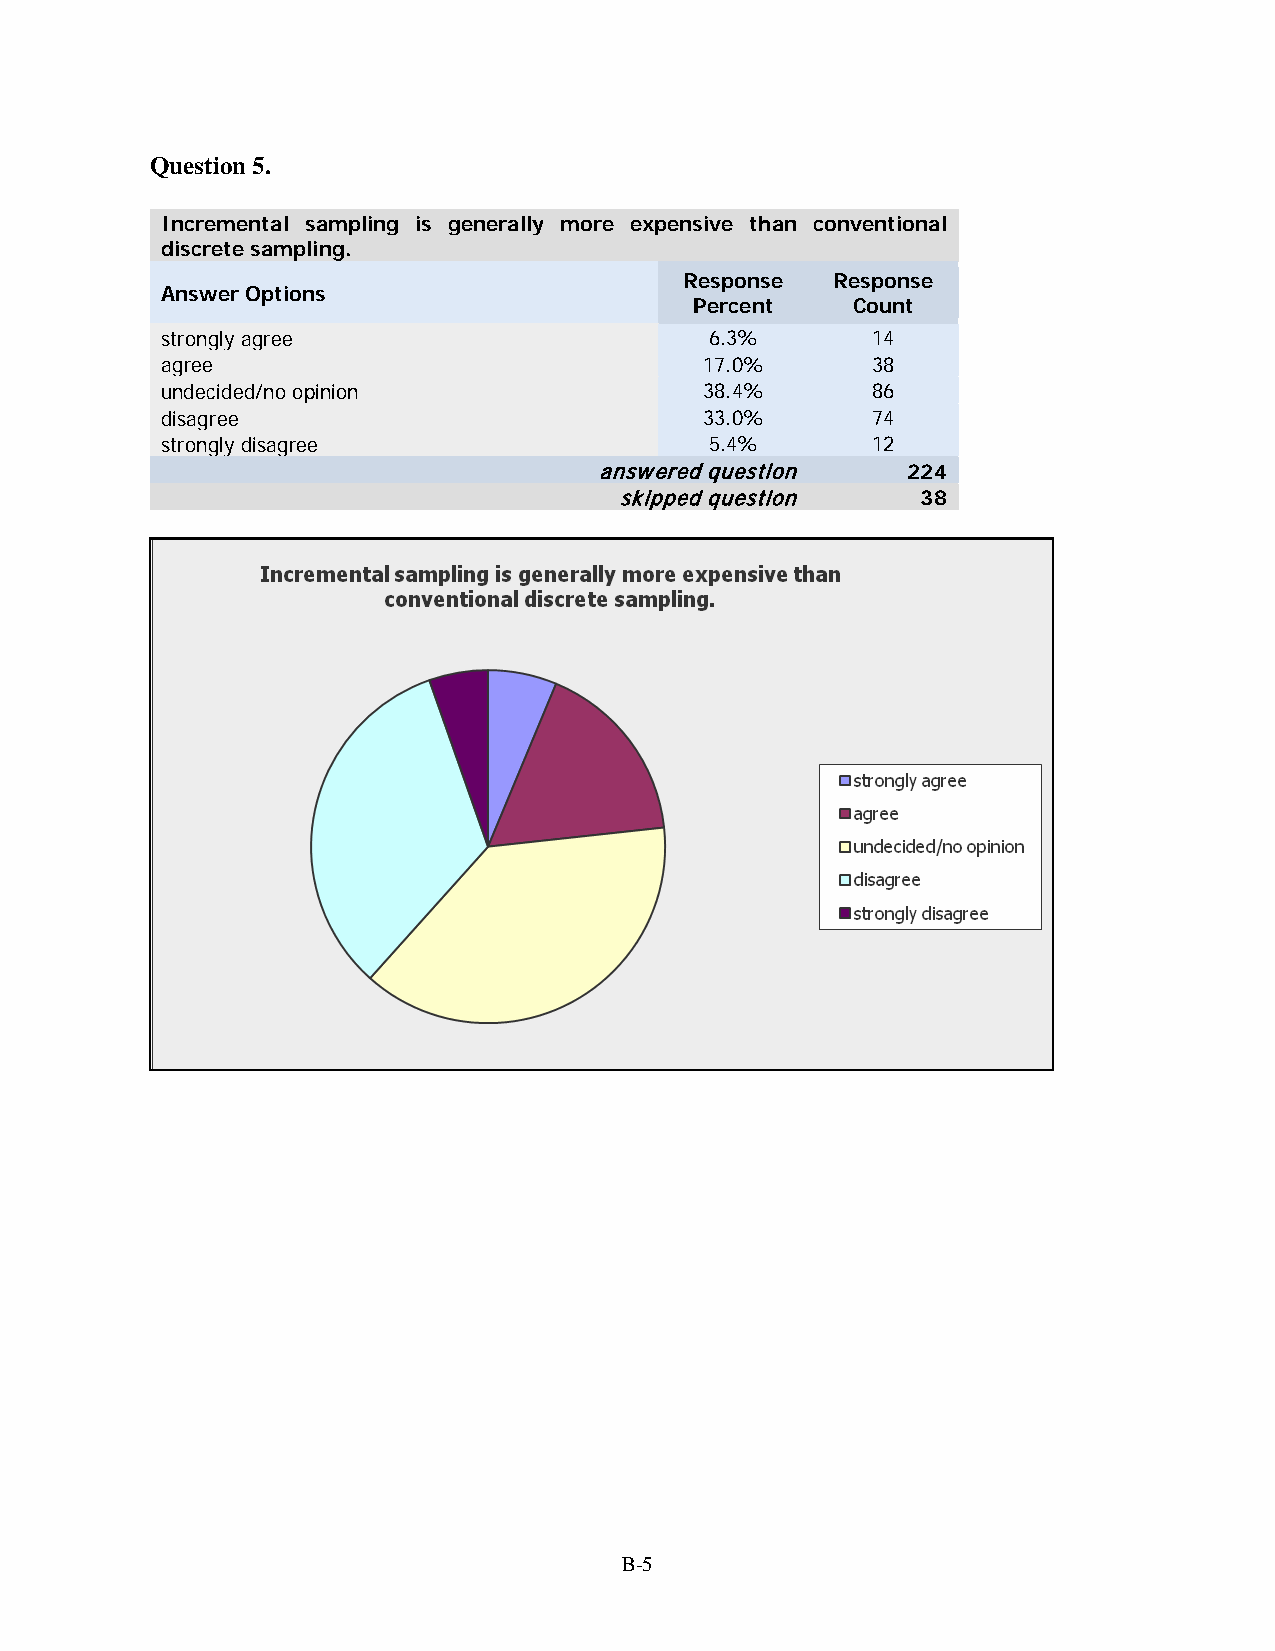
Question 5.
 Incremental sampling is generally more expensive than conventional
 discrete sampling.
 Response  Response
 Answer Options
 Percent   Count
 strongly agree                      6.3%       14
 agree                               17.0%      38
 undecided/no opinion                38.4%      86
 disagree                            33.0%      74
 strongly disagree                   5.4%       12
 answered question   224
 skipped question    38
 B-5